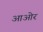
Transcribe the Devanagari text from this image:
आओर